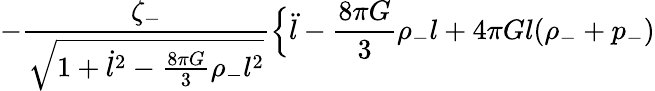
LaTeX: -\frac{\zeta_{-}}{\sqrt{1+\dot{l}^{2}-\frac{8\pi G}{3}\rho_{-}l^{2}}}\Bigl\{ \ddot{l}-\frac{8\pi G}{3}\rho_{-}l+4\pi Gl(\rho_{-}+p_{-})